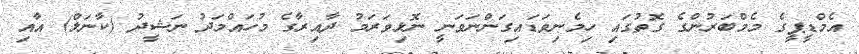
އެމްޑީޕީގެ މެމްބަރުންގެ ގޮތުގައި ހިމެނިވަޑައިގަންނަވަނީ ނޮޅިވަރަމު ދާއިރާގެ މުހައްމަދު ނަޝީދު (ކާނަލް) އާއި